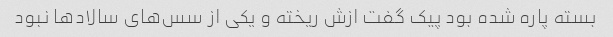
بسته پاره شده بود پیک گفت ازش ریخته و یکی از سس‌های سالاد‌ها نبود